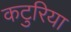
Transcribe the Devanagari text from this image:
कटुरिया